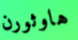
هاوثورن